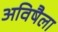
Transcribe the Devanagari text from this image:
अविषैला